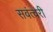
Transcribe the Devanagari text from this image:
सवंत्वरी